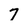
Character: 7